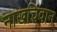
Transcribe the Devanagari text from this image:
नाखचिवान